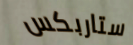
ستاربكس